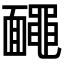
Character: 𪓱